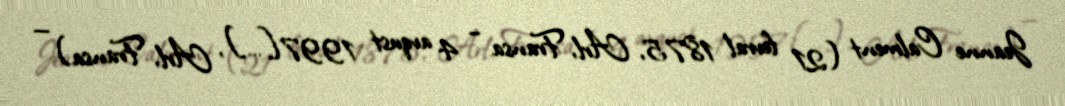
Jeanne Calment (21 fevral 1875, Arl, Fransa – 4 avqust 1997[…], Arl, Fransa) —